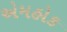
એમહોક